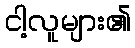
ငါ့လူများ၏